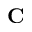
{ \bf C }